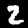
Digit: 2